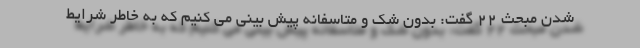
شدن مبحث ٢٢ گفت: بدون شک و متاسفانه پیش بینی می کنیم که به خاطر شرایط